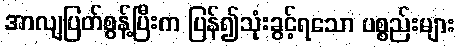
အာလျပြတ်စွန့်ပြီးက ပြန်၍သုံးခွင့်ရသော ပစ္စည်းများ